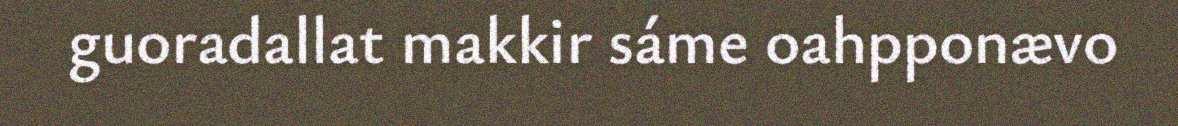
guoradallat makkir sáme oahpponævo